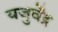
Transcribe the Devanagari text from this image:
यजुर्वेंद्र